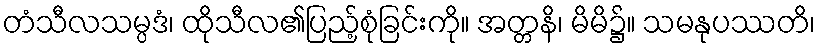
တံသီလသမ္ပဒံ၊ ထိုသီလ၏ပြည့်စုံခြင်းကို။ အတ္တနိ၊ မိမိ၌။ သမနုပဿတိ၊